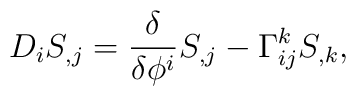
D_i S_{,j} = {\delta\over\delta\phi^i}S_{,j}-\Gamma^k_{ij}S_{,k},